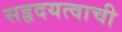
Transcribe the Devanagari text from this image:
सहृदयत्वाची